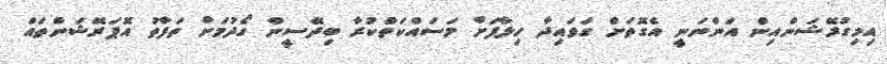
އިމިގުރޭޝަންއިން އަންނަނީ އެގޮތަށް ގަވައިދާ ހިލާފަށް މަސައްކަތްކުރާ ބިދޭސީން ހޯދުމަށް ތަފާތު އޮޕަރޭޝަންތައް